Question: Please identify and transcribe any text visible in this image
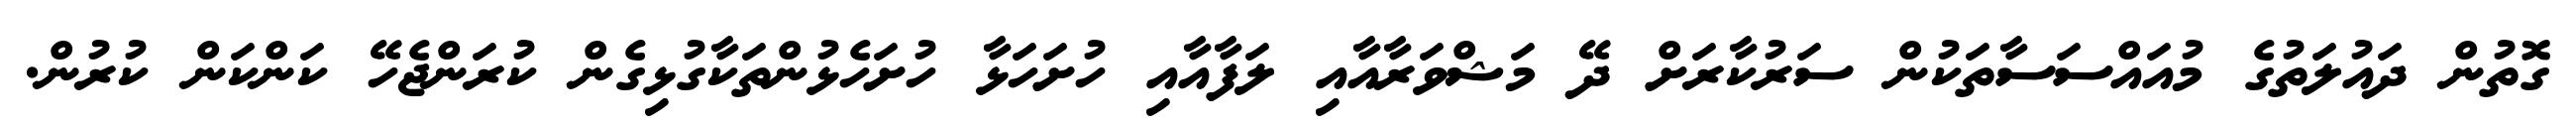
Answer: ގޮތުން ދައުލަތުގެ މުއައްސަސާތަކުން ސަރުކާރަށް ދޭ މަޝްވަރާއާއި ލަފާއާއި ހުށަހަޅާ ހުށަހެޅުންތަކާގުޅިގެން ކުރަންޖެހޭ ކަންކަން ކުރުން.